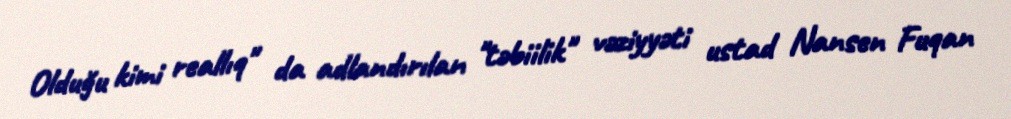
Olduğu kimi reallıq" da adlandırılan "təbiilik" vəziyyəti ustad Nansen Fuqan